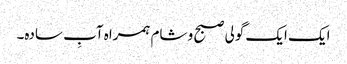
ایک ایک گولی صبح و شام ہمراہ آبِ سادہ۔